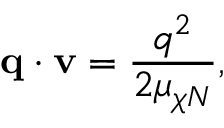
\mathbf { q } \cdot \mathbf { v } = \frac { q ^ { 2 } } { 2 \mu _ { \chi N } } ,